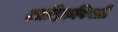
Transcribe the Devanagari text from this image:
आदिकवियत्री